Annual report on the mental hospital in the Central Provinces and Berar (Nagpur) - 1927-1951
Year: 1927
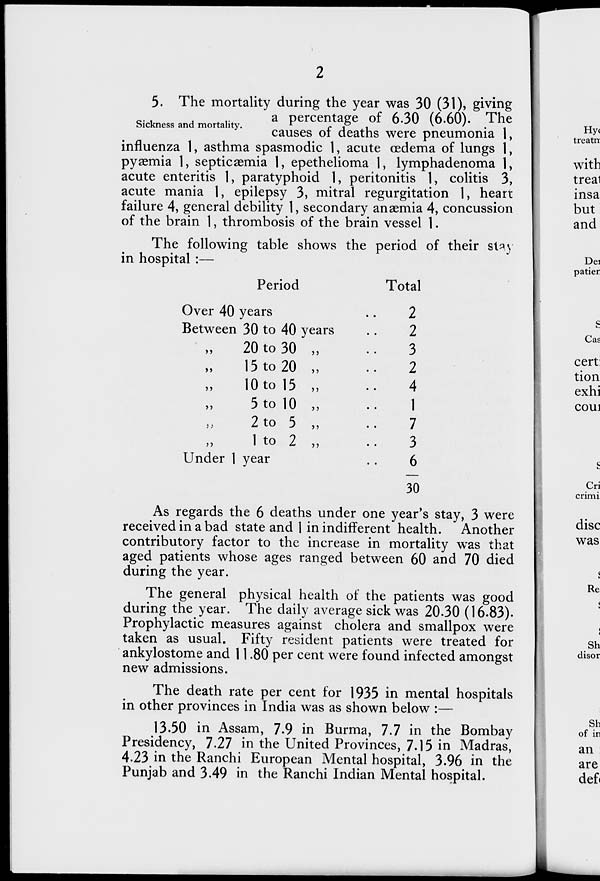
2
Sickness and mortality.
5. The mortality during the year was 30 (31), giving
a percentage of 6.30 (6.60). The
causes of deaths were pneumonia 1,
influenza 1, asthma spasmodic 1, acute œdema of lungs 1,
pyæmia 1, septicæmia 1, epethelioma 1, lymphadenoma 1,
acute enteritis 1, paratyphoid 1, peritonitis 1, colitis 3,
acute mania 1, epilepsy 3, mitral regurgitation 1, heart
failure 4, general debility 1, secondary anæmia 4, concussion
of the brain 1, thrombosis of the brain vessel 1.
The following table shows the period of their stay
in hospital :—
Period
Over 40 years ..
Between 30 to 40 years ..
„ 20 to 30 „ ..
„ 15 to 20 „ ..
„ 10 to 15 „ ..
„ 5 to 10 „ ..
„ 2 to 5 „ ..
„
1 to 2 „ ..
Under 1 year ..
Total
2
2
3
2
4
1
7
3
6
30
As regards the 6 deaths under one year's stay, 3 were
received in a bad state and 1 in indifferent health. Another
contributory factor to the increase in mortality was that
aged patients whose ages ranged between 60 and 70 died
during the year.
The general physical health of the patients was good
during the year. The daily average sick was 20.30 (16.83).
Prophylactic measures against cholera and smallpox were
taken as usual. Fifty resident patients were treated for
ankylostome and 11.80 per cent were found infected amongst
new admissions.
The death rate per cent for 1935 in mental hospitals
in other provinces in India was as shown below :—
13.50 in Assam, 7.9 in Burma, 7.7 in the Bombay
Presidency, 7.27 in the United Provinces, 7.15 in Madras,
4.23 in the Ranchi European Mental hospital, 3.96 in the
Punjab and 3.49 in the Ranchi Indian Mental hospital.